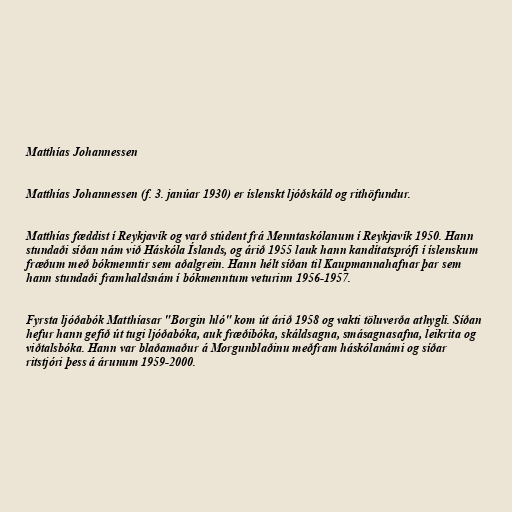
Matthías Johannessen

Matthías Johannessen (f. 3. janúar 1930) er íslenskt ljóðskáld og rithöfundur.

Matthías fæddist í Reykjavík og varð stúdent frá Menntaskólanum í Reykjavík 1950. Hann
stundaði síðan nám við Háskóla Íslands, og árið 1955 lauk hann kandítatsprófi í íslenskum
fræðum með bókmenntir sem aðalgrein. Hann hélt síðan til Kaupmannahafnar þar sem
hann stundaði framhaldsnám í bókmenntum veturinn 1956-1957.

Fyrsta ljóðabók Matthíasar "Borgin hló" kom út árið 1958 og vakti töluverða athygli. Síðan
hefur hann gefið út tugi ljóðabóka, auk fræðibóka, skáldsagna, smásagnasafna, leikrita og
viðtalsbóka. Hann var blaðamaður á Morgunblaðinu meðfram háskólanámi og síðar
ritstjóri þess á árunum 1959-2000.